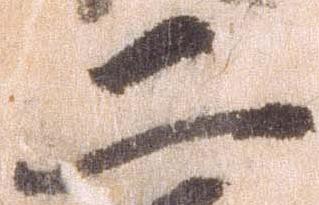
二